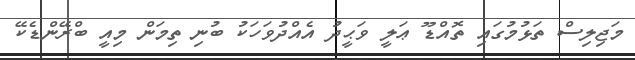
މަޖިލިސް ތަޅުމުގައި ތޮއްޑޫ ޢަލީ ވަޙީދު އެއްދުވަހަކު ބުނި ތިމަން މިއީ ބްރޭންޑެކޭ